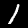
Digit: 1